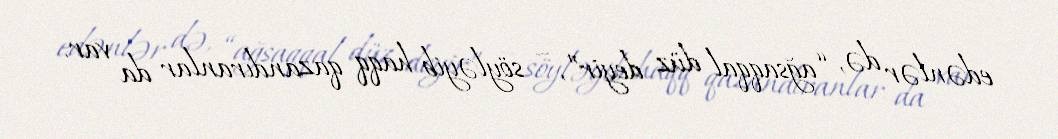
edənlər də, “ağsaqqal düz deyir”, – söyləyib haqq qazandıranlar da var.